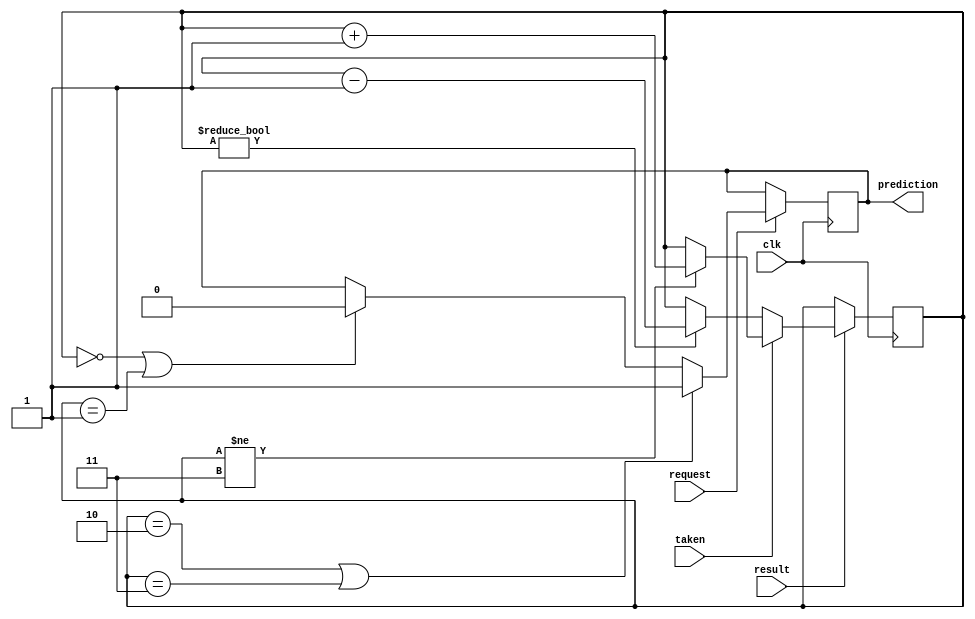
module predictor(input wire request, result, clk, taken, output reg prediction);
  //reg [3:0] history_table [15:0];
  reg [1:0] counter;
  //reg [3:0] history_index;
  //reg last_taken;
  initial begin
    counter = 2'b11;
  end
  
  always @(posedge clk) begin
    if (request) begin
      if(counter == 2'b00 | counter == 2'b01) begin prediction = 0; end
      if(counter == 2'b10 | counter == 2'b11) begin prediction = 1; end
    end
  end
  always @(posedge clk) begin
      if (result) begin
        if (taken) begin
          if(counter != 2'b11)  begin 
          counter = counter + 1;
	  end
        end else begin
          if(counter != 2'b00)  begin 
          counter = counter - 1;
	  end
        end
      end
  end
endmodule